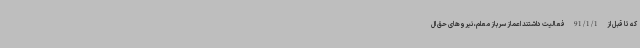
که تا قبل از 91/1/1 فعالیت داشتند اعماز سرباز معلم، نیروهای حق ال